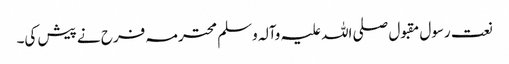
نعت رسول مقبول صلی اللہ علیہ وآلہ وسلم محترمہ فرح نے پیش کی۔